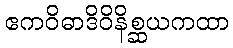
ဧကဝိဓာဒိဝိနိစ္ဆယကထာ